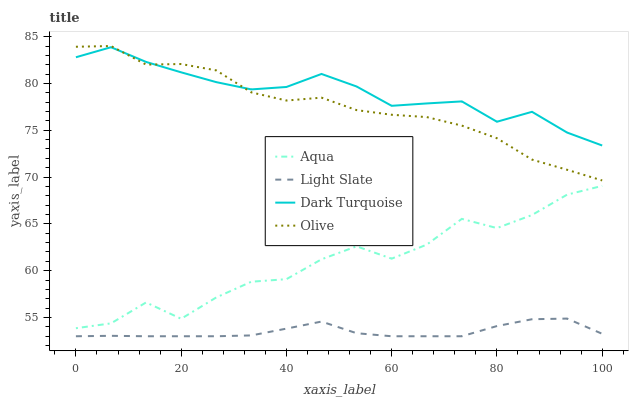
| xaxis_label | Aqua | Light Slate | Dark Turquoise | Olive |
 | --- | --- | --- | --- | --- |
 | 0 | 53.9 | 53 | 82.8 | 83.9 |
 | 6.67 | 54.4 | 53 | 83.9 | 84 |
 | 13.3 | 56.6 | 53 | 82.3 | 82 |
 | 20 | 54.9 | 53 | 81.2 | 82.1 |
 | 26.7 | 57.1 | 53 | 80.1 | 81.4 |
 | 33.3 | 58.8 | 53.1 | 79.4 | 79 |
 | 40 | 59.1 | 53.8 | 79.6 | 78.2 |
 | 46.7 | 61.2 | 54.6 | 81 | 78.5 |
 | 53.3 | 62.6 | 53.3 | 79.7 | 77.2 |
 | 60 | 61.3 | 53 | 77.6 | 76.7 |
 | 66.7 | 62.8 | 53 | 77.9 | 76.4 |
 | 73.3 | 65.5 | 53 | 78.1 | 75.5 |
 | 80 | 64.6 | 54.1 | 75.9 | 74.2 |
 | 86.7 | 65.9 | 54.8 | 77 | 71.9 |
 | 93.3 | 68.1 | 54.9 | 74.8 | 70.8 |
 | 100 | 69.1 | 53.3 | 73.4 | 69.6 |